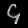
Digit: ၄